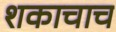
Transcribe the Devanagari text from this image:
शकाचाच